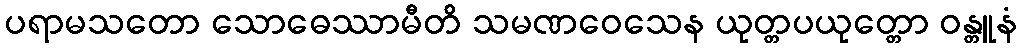
ပရာမသတော သောဓေဿာမီတိ သမဏဝေသေန ယုတ္တပယုတ္တော ဝန္တူနံ